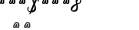
١٨